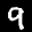
Label: 9